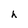
Character: h